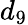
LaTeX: d_{9}